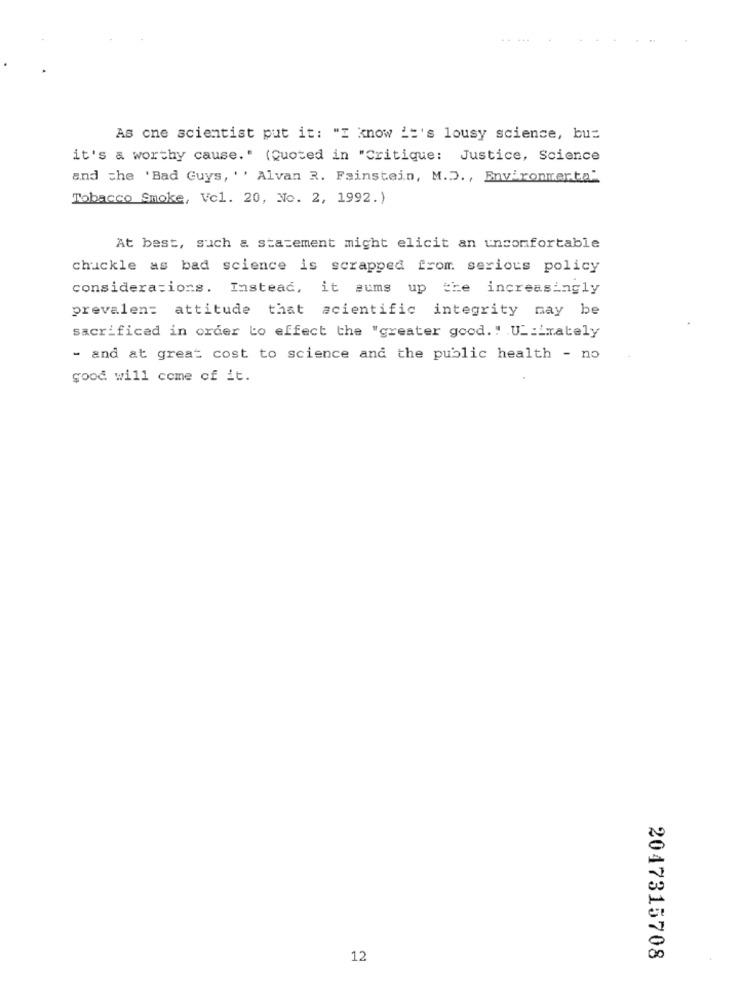
As one scientist put it: "I know i='s lousy science, bu=
it's a worthy cause." (Quoted in "Critique: Justice, Science
and the 'Bad Guys, '' Alvan 3. Fainstein, M.D ., Environmerta"
Tobacco Smoke, Vc1. 20, No. 2, 1992.)
At best, such a statement might elicit an uncomfortable
chuckle as bad science is scrapped from serious policy
considerations. Instead, it sums up the increasingly
prevalen: attitude that scientific integrity may be
sacrificed in order to effect the "greater good." UL:irately
- and at great cost to science and the public health - no
good will come of it.
12
2047315708